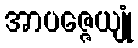
အာပဇ္ဇေယျုံ